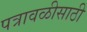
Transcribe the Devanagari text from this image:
पत्रावळीसाठी